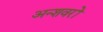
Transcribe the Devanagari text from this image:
अन्शवरों